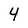
Character: 4